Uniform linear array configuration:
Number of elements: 32
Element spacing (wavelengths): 1
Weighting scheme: hann
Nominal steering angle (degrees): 30
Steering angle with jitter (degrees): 31.92
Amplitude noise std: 0.05
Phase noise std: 0.05

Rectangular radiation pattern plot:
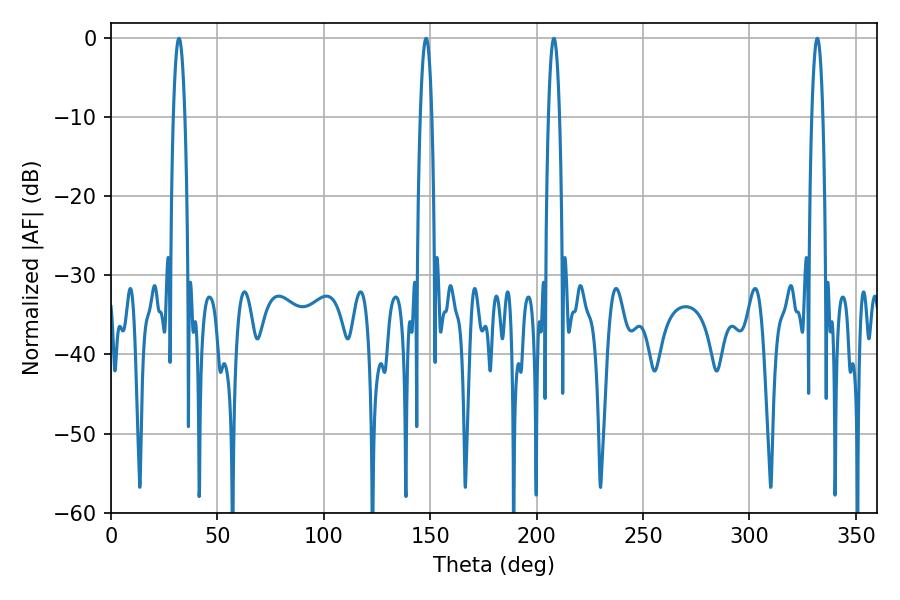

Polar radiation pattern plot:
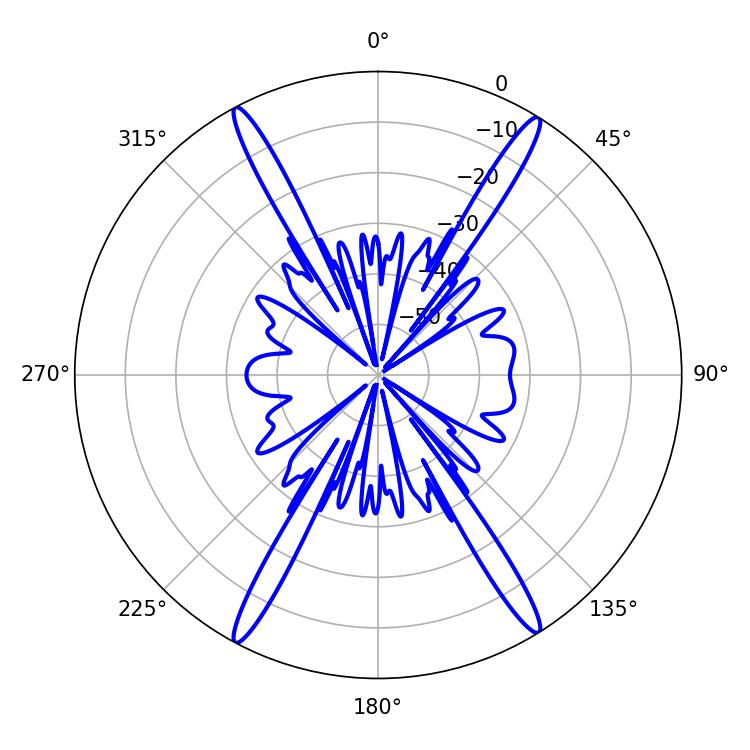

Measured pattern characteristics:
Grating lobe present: TRUE
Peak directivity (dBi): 23.585
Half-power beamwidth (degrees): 2.88
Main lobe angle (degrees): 208.08